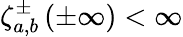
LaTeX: \zeta_{a,b}^{\pm}\left(\pm\infty\right)<\infty